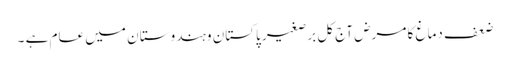
ضعف دماغ کا مرض آج کل برصغیر پاکستان وہندوستا ن میں عام ہے ۔